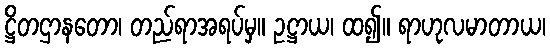
ဋ္ဌိတဌာနတော၊ တည်ရာအရပ်မှ။ ဥဋ္ဌာယ၊ ထ၍။ ရာဟုလမာတာယ၊